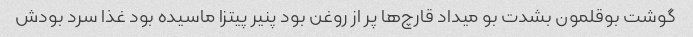
گوشت بوقلمون بشدت بو میداد قارچ‌ها پر از روغن بود پنیر پیتزا ماسیده بود غذا سرد بودش